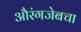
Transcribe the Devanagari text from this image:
औरंगजेबचा